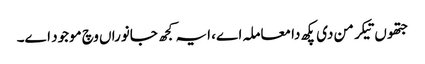
جتھوں تیکر من دی پکھ دا معاملہ اے، ایہ کجھ جانوراں وچ موجود اے۔